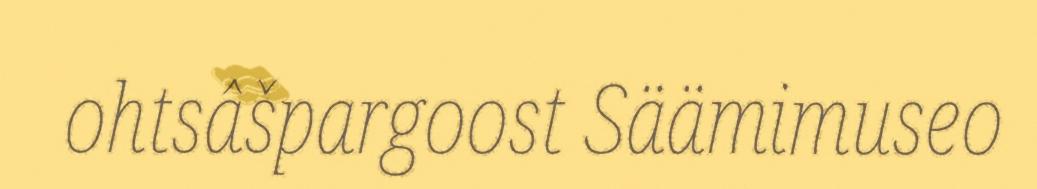
ohtsâšpargoost Säämimuseo